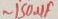
Text: ~150µF